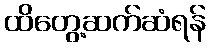
ထိတွေ့ဆက်ဆံရန်